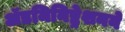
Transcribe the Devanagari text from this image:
ॲडमिनिष्ट्रेशनने